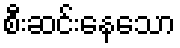
စီးဆင်းနေသော